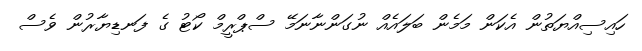
ހައިސިއްޔަތުން އެކަން މަމެން ބަލައެއް ނުގަންނާނަމޭ ސްޕްރީމް ކޯޓު ގެ ފަނޑިޔާރުން ވެސް